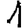
Digit: 1